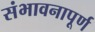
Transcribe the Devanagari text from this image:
संभावनापूर्ण